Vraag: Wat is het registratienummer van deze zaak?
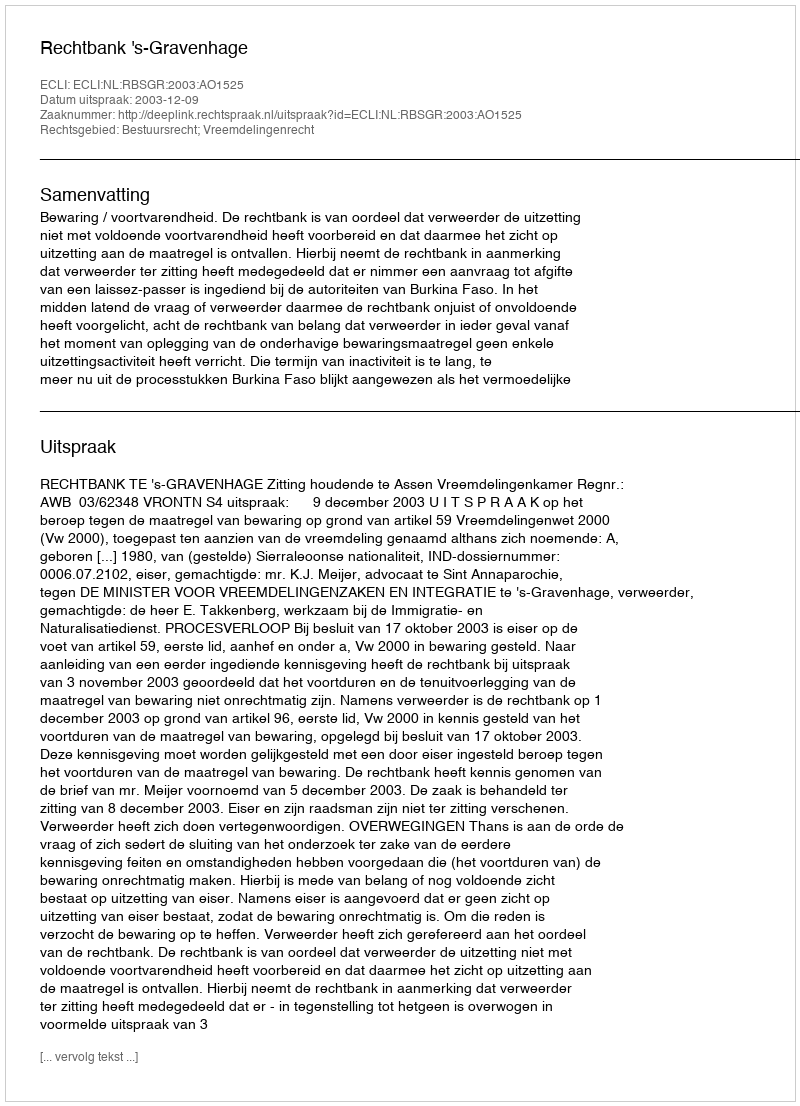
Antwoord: http://deeplink.rechtspraak.nl/uitspraak?id=ECLI:NL:RBSGR:2003:AO1525